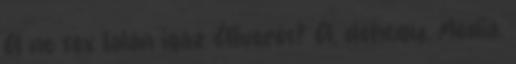
A no sex talán igaz Átverés? Á, dehogy. Média.